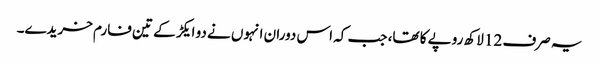
یہ صرف 12 لاکھ روپے کا تھا، جب کہ اس دوران انہوں نے دو ایکڑ کے تین فارم خریدے۔